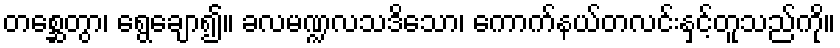
တစ္ဆေတွာ၊ ရွေချော၍။ ခလမဏ္ဍလသဒိသော၊ ကောက်နယ်တလင်းနှင့်တူသည်ကို။